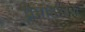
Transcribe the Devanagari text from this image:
प्रमांडलिक